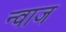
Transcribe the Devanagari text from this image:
न्वाज